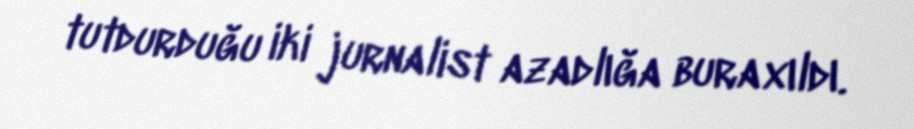
tutdurduğu iki jurnalist azadlığa buraxıldı.